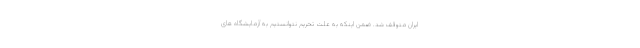
ایران متوقف شد. ضمن اینکه به علت تحریم نتوانستیم به آزمایشگاه های